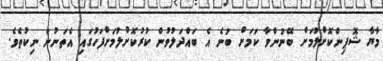
މާޔާ ޝޮޕިންކޮށްލުމަށް ބޭނުންވާ ކަމަށް ބުނެ އެ ބައްދަލުވުން ކުރުކޮށްލުމަށްފަހުގައި އެތަނުން ނިކުތެވެ.